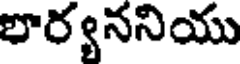
భార్యననియు